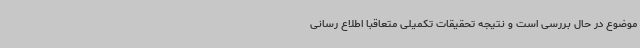
موضوع در حال بررسی است و نتیجه تحقیقات تکمیلی متعاقبا اطلاع رسانی